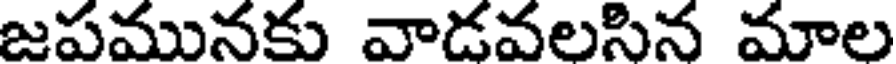
జపమునకు వాడవలసిన మాల